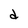
Character: d